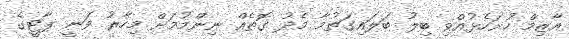
އާޒިމް ހުށަހެޅުއްވި ބިލު ބަލައިގަތުމާ މެދު ގޮތެއް ނިންމުމަށް މިހާރު ވަނީ ޕާޓީގެ